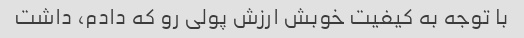
با توجه به کیفیت خوبش ارزش پولی رو که دادم، داشت